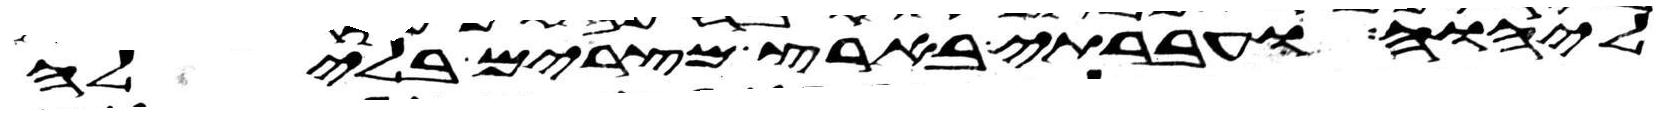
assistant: ליהוה ועברתי בארץ מצרים בלילה